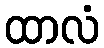
ထာလံ